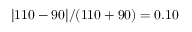
\lvert 1 1 0 - 9 0 \rvert / ( 1 1 0 + 9 0 ) = 0 . 1 0